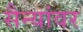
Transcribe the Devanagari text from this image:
सैन्यांवर